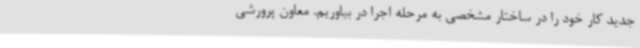
جدید کار خود را در ساختار مشخصی به مرحله اجرا در بیاوریم. معاون پرورشی